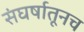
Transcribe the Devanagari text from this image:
संघर्षातूनच